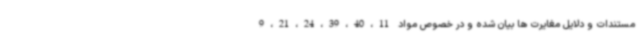
مستندات و دلایل مغایرت ها بیان شده و در خصوص مواد 9،21،24،39،40،11